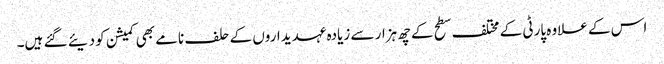
اس کے علاوہ پارٹی کے مختلف سطح کے چھ ہزار سے زیادہ عہدیداروں کے حلف نامے بھی کمیشن کو دیئے گئے ہیں۔